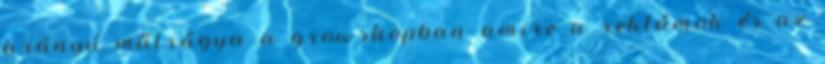
arányú műtrágya a growshopban amire a reklámok és az